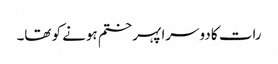
رات کا دوسرا پہر ختم ہونے کو تھا۔